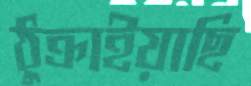
ঠুক্‌রাইয়াছি